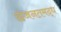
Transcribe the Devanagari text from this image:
छंजनतमद्ध